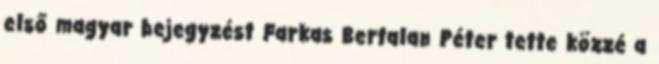
első magyar bejegyzést Farkas Bertalan Péter tette közzé a